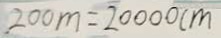
2 0 0 m = 2 0 0 0 0 c m